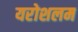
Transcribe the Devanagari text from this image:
यरोशलम